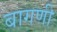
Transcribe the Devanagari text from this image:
बागणी